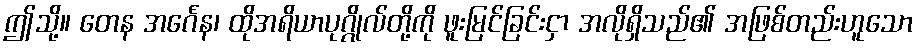
ဤသို့။ တေန အင်္ဂေန၊ ထိုအရိယာပုဂ္ဂိုလ်တို့ကို ဖူးမြင်ခြင်းငှာ အလိုရှိသည်၏ အဖြစ်တည်းဟူသော